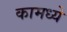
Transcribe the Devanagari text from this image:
कामध्ये